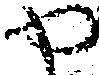
や